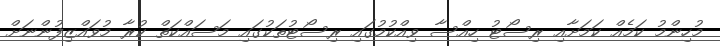
މުހިންމު ކަމެއް ކަމަށާއި ރިސޯޓު ހިއްސާ ވިއްކުމުގައި ރިސޯޓުތަކުގައި މަސައްކަތް ކުރާ މުވައްޒިފުންނަށް